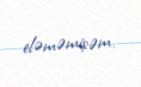
eləməmişəm.